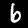
Digit: 6